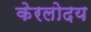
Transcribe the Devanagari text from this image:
केरलोदय